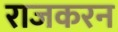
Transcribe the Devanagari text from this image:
राजकरन